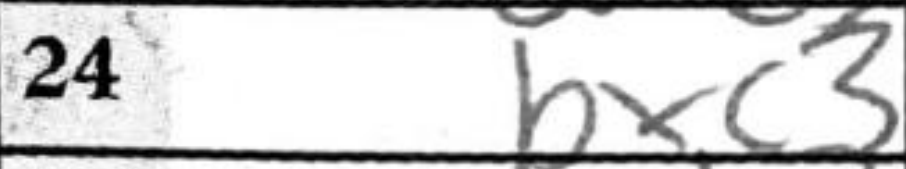
Transcription: bxc3